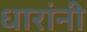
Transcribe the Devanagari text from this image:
धारांनी